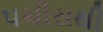
પચીસથી